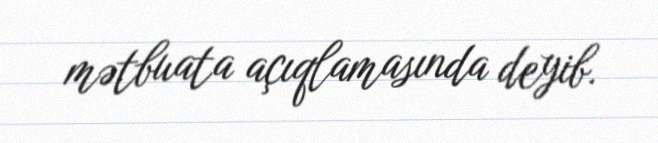
mətbuata açıqlamasında deyib.